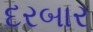
દરબાર